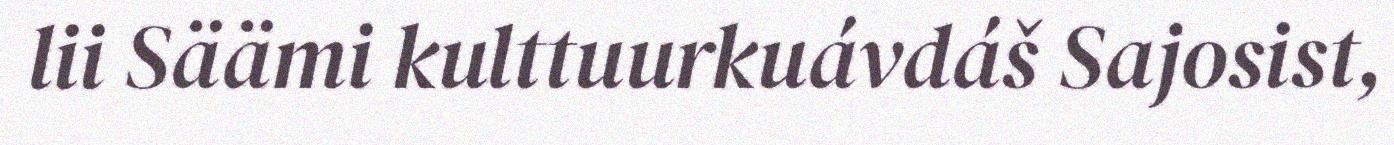
lii Säämi kulttuurkuávdáš Sajosist,